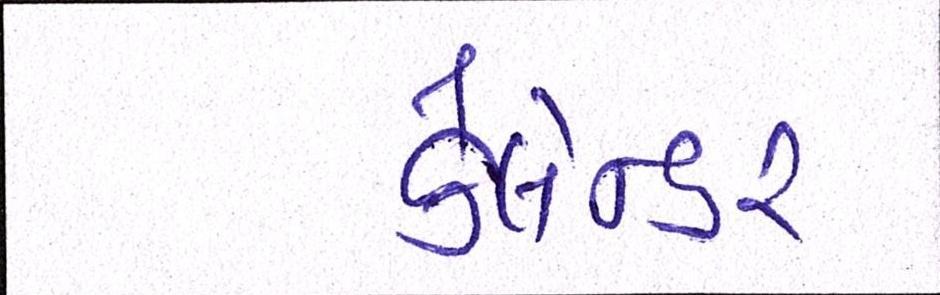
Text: કેલેન્ડર